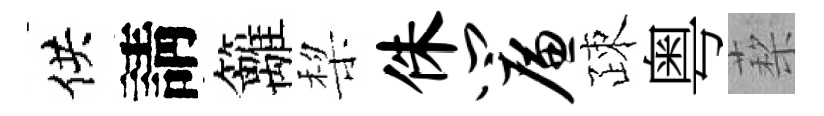
供請籬棃侏帘疎粤蔾